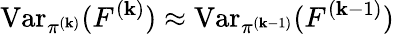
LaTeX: \operatorname{Var}_{\pi^{(\mathbf{k})}}(F^{(\mathbf{k})})\approx\operatorname{Var}_{\pi^{(\mathbf{k}-1)}}(F^{(\mathbf{k}-1)})